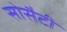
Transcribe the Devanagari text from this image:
सोसैटी